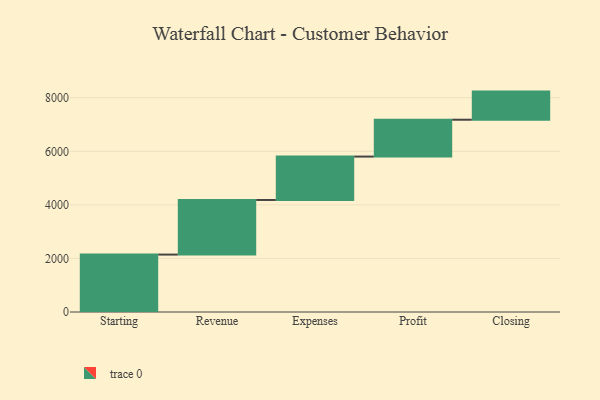
{"axis": {"x": "Step", "y": "Value"}, "legend": [""], "data": [{"x": "Starting", "y": 2144.0, "type": ""}, {"x": "Revenue", "y": 2039.0, "type": ""}, {"x": "Expenses", "y": 1620.0, "type": ""}, {"x": "Profit", "y": 1376.0, "type": ""}, {"x": "Closing", "y": 1050.0, "type": ""}]}